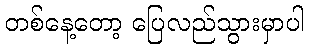
တစ်နေ့တော့ ပြေလည်သွားမှာပါ